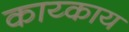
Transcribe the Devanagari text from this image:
काय्काय